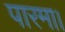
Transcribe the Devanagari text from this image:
पारमा।